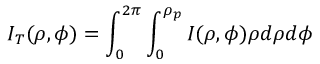
I _ { T } ( \rho , \phi ) = \int _ { 0 } ^ { 2 \pi } \int _ { 0 } ^ { \rho _ { p } } I ( \rho , \phi ) \rho d \rho d \phi